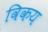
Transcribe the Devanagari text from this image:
विकय